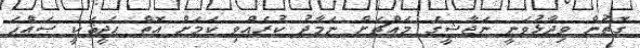
ގޮތުން ވިދާޅުވަނީ ނަޖާޝީގެ މައްޗަށް ނަމާދު ކުރެއްވި ކަމަށް އޮތް ޙަދީޘަކީ ޞައްޙަ